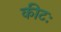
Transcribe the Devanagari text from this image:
कीटः